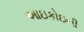
આઇકોઇની